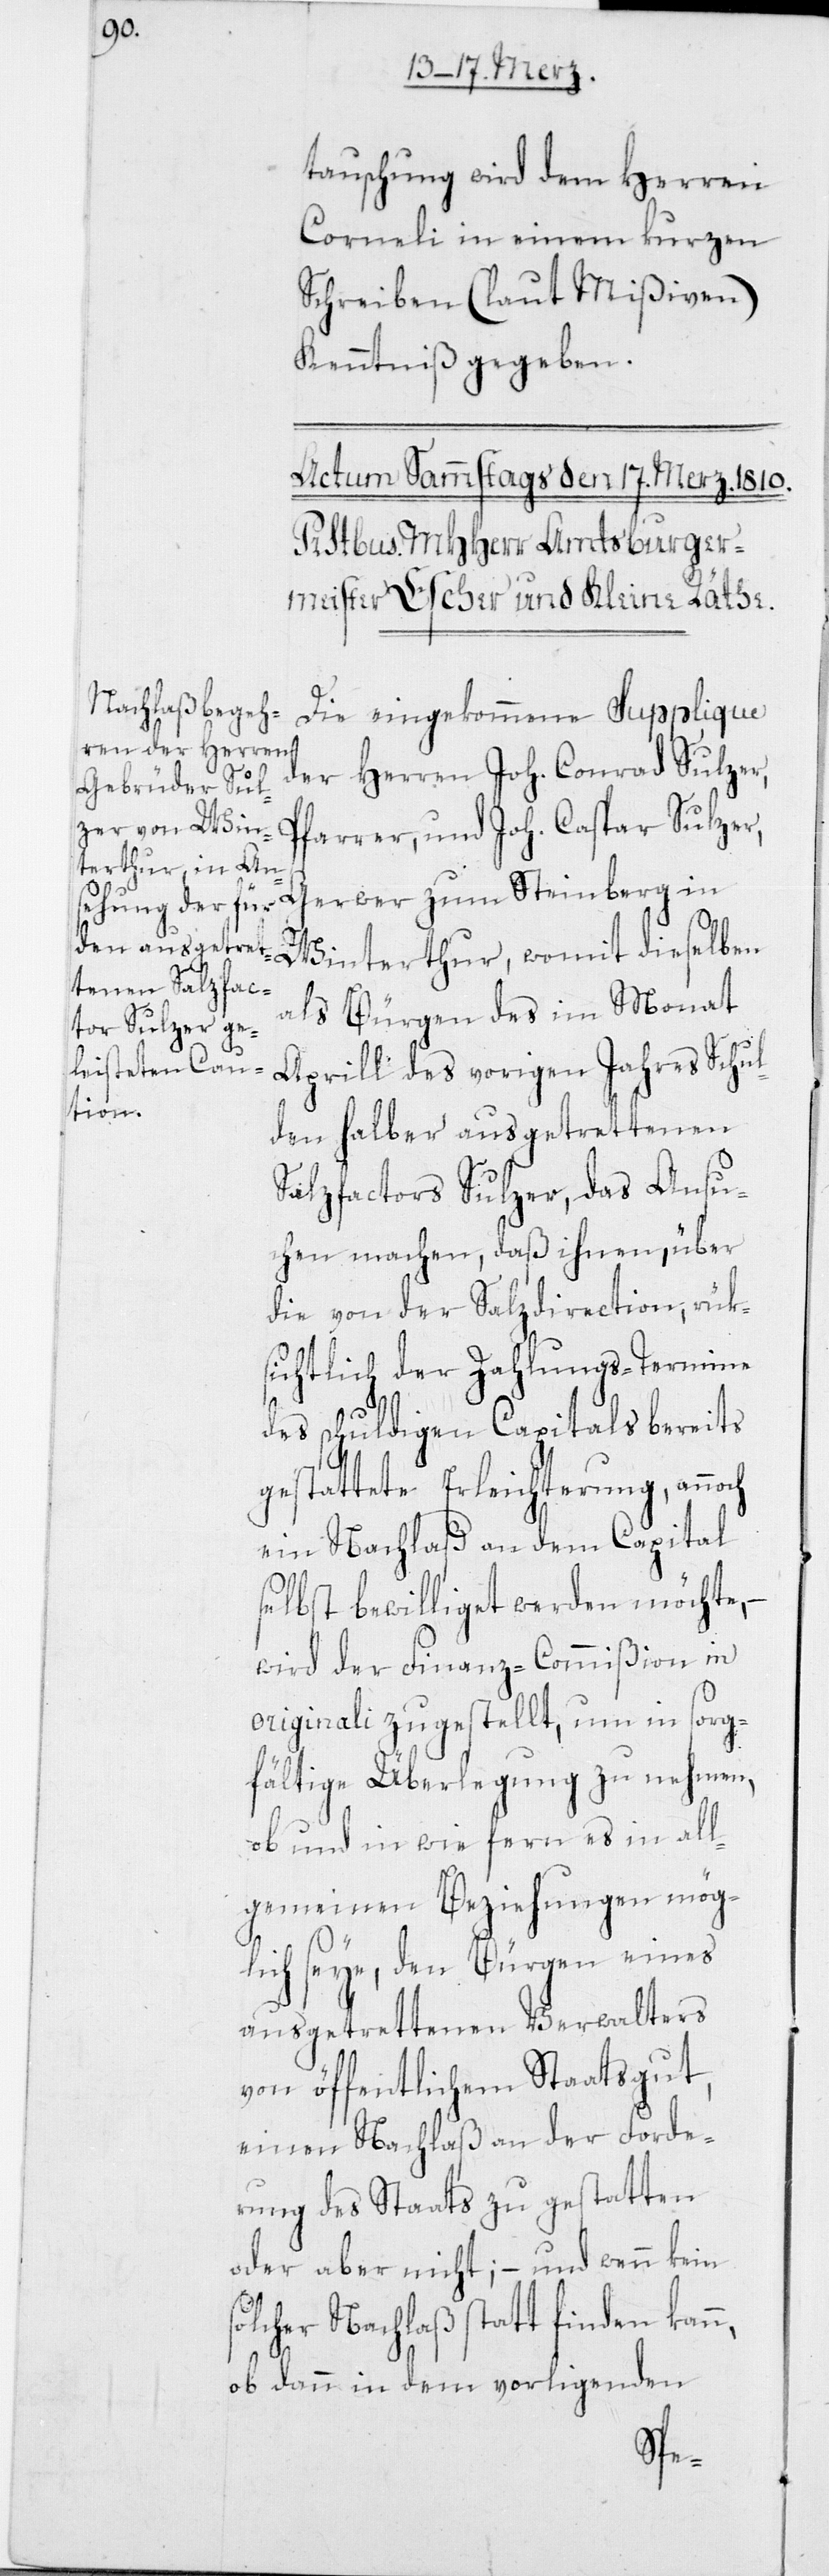
tauschung wird dem Herren
Corneli in einem kurzen
Kenntniß gegeben.
Die eingekommene Supplique
der Herren Joh. Conrad Sulzer,
farrer, und Joh. Caspar Sulzer,
Gerwer zum Steinberg in
P¬
als Bürgen des im Monat
Aprill des vorigen Jahres Schul¬
den halber ausgetrettenen
Salzfactors Sulzer, das Ansu¬
chen machen, daß ihnen, über
die von der Salzdirection, rük¬
sichtlich der Zahlungs-Termine
des schuldigen Capitals bereits
gestattete Erleichterung, annoch
ein Nachlaß an dem Capital
selbst bewilliget werden möchte,
wird der Finanz-Commißion in
originali zugestellt, um in sorg¬
fältige Überlegung zu nehmen,
ob und in wie fern es in all¬
gemeinen Beziehungen mög¬
lich seye, den Bürgen eines
ausgetrettenen Verwalters
von öffentlichem Staatsgut,
einen Nachlaß an der Forde¬
rung des Staats zu gestatten
oder aber nicht; – und wenn kein
solcher Nachlaß statt finden kann,
ob dann in dem vorligenden